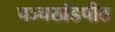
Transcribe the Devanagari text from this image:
पञ्चखंडपीठ